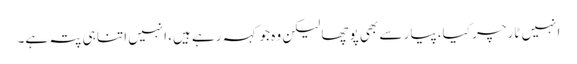
انہیں ٹارچر کیا، پیار سے بھی پوچھا لیکن وہ جو کہہ رہے ہیں، انہیں اتنا ہی پتہ ہے۔